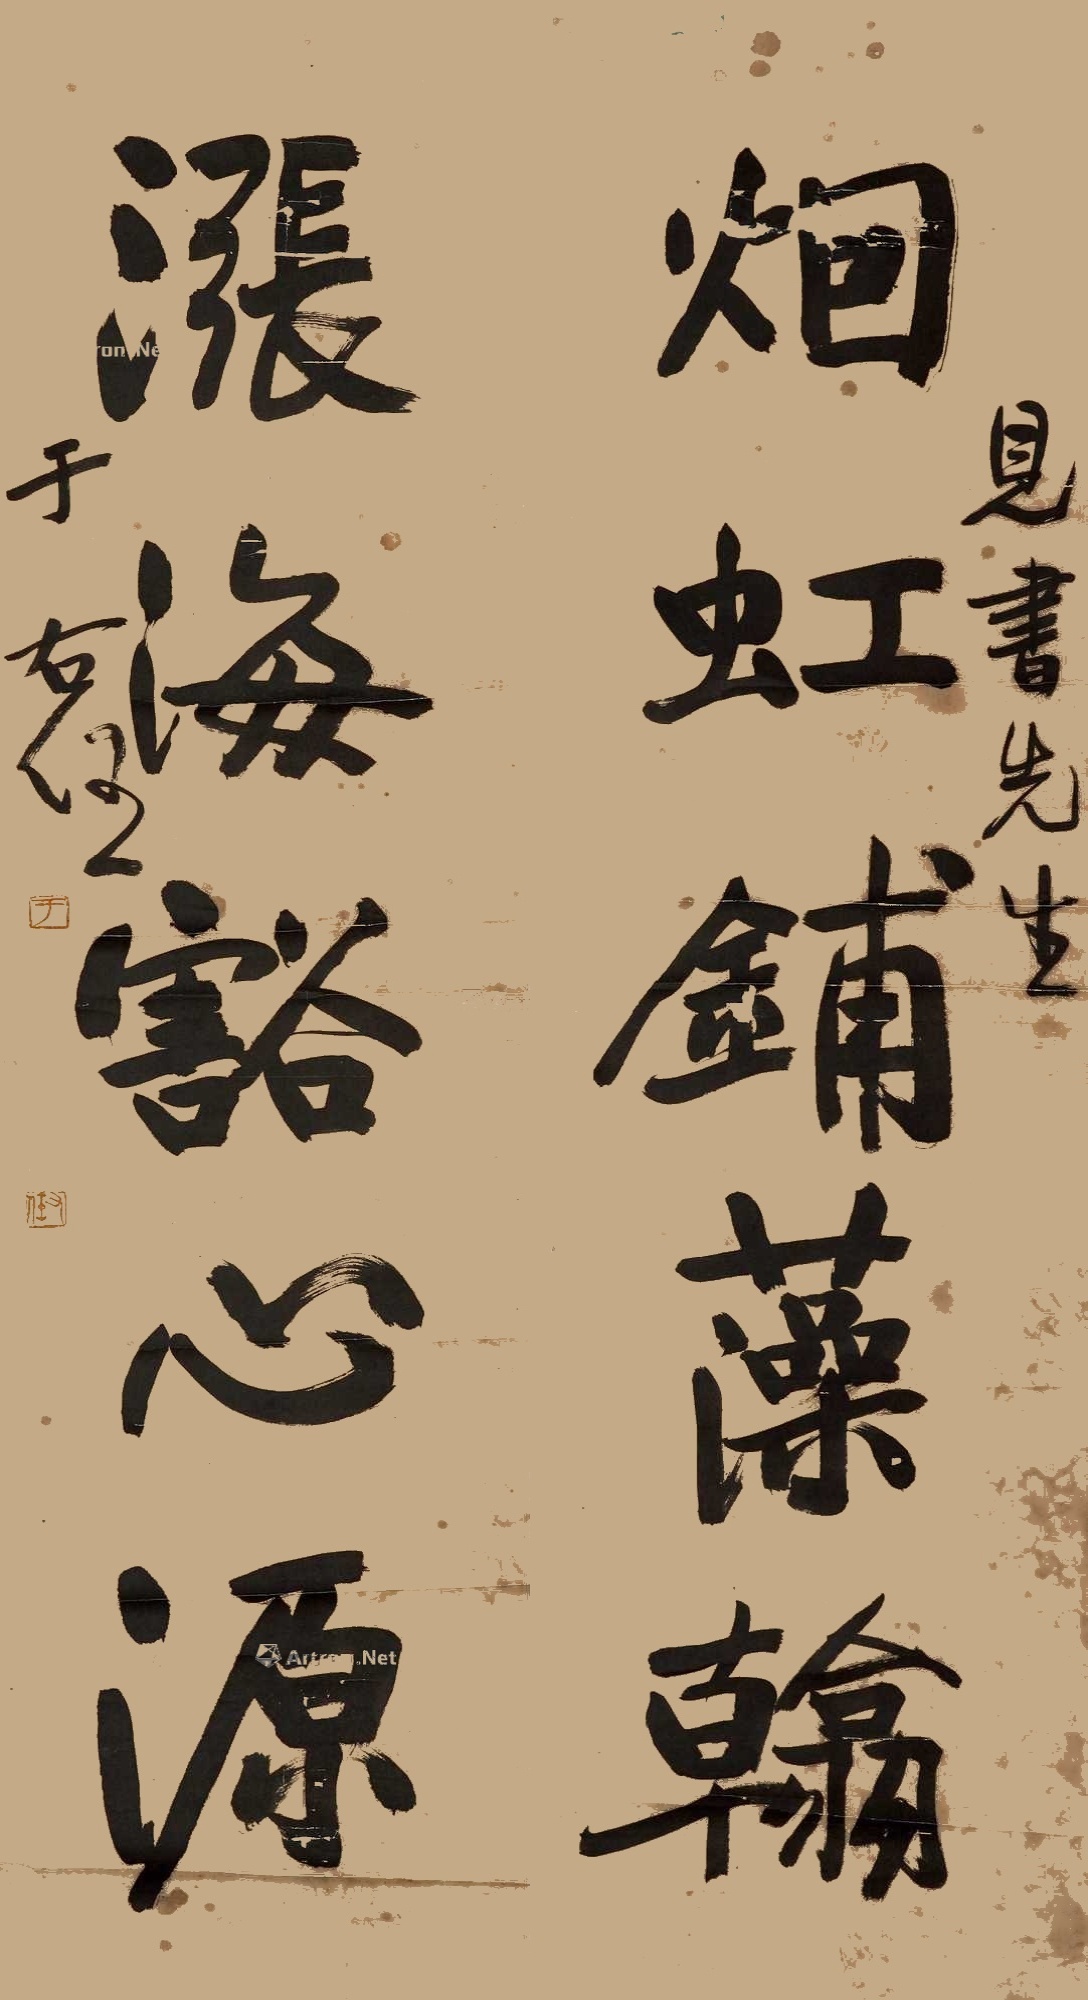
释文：烟虹铺藻翰，涨海豁心源。见书先生，于右任。